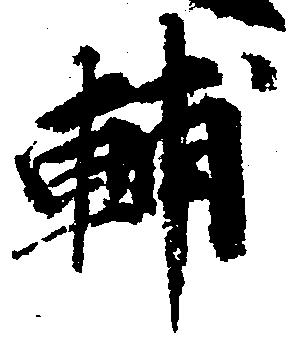
輔